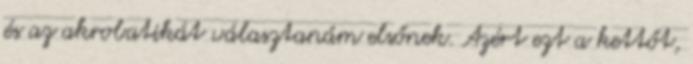
és az akrobatikát választanám elsőnek. Azért ezt a kettőt,